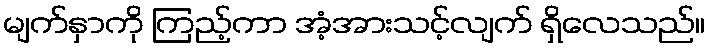
မျက်နှာကို ကြည့်ကာ အံ့အားသင့်လျက် ရှိလေသည်။